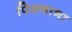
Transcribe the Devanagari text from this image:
पिसवाना